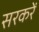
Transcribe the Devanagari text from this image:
सरकरें